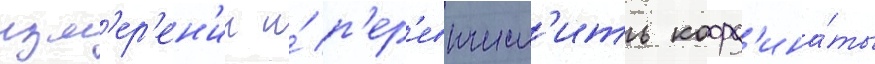
изм'ер'ен'ии и́ п'ер'евычесл'ить коорд'ина́ты